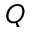
Q